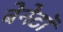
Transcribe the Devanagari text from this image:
बेनेटॉ